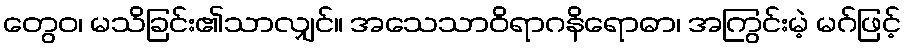
တွေဝ၊ မသိခြင်း၏သာလျှင်။ အသေသာဝိရာဂနိရောဓာ၊ အကြွင်းမဲ့ မဂ်ဖြင့်